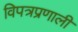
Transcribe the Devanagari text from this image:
विपत्रप्रणाली